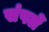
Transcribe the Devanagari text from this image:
संपलें